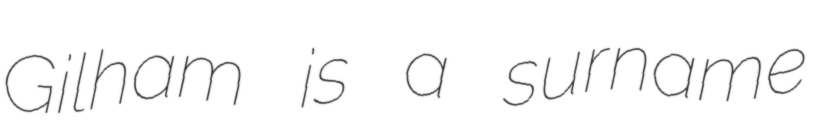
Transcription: Gilham is a surname